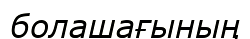
болашағының